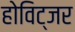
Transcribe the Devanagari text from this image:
होविट्जर